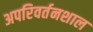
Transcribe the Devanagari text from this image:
अपरिवर्तनशाल